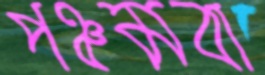
পঞ্চমবা